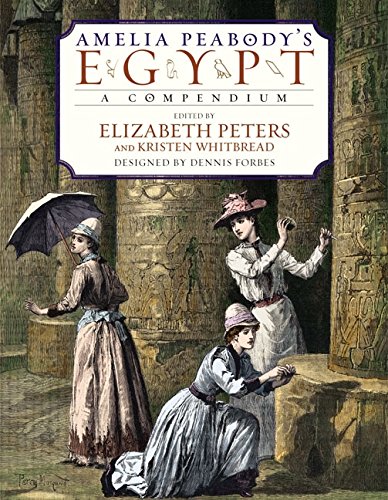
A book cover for Amelia Peabody's Egypt: A Compendium; Mystery, Thriller & Suspense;